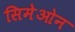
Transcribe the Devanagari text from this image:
सिमेओन